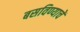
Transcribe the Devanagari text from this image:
बसविण्याचें